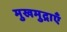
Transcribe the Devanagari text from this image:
मुखमुद्राएँ